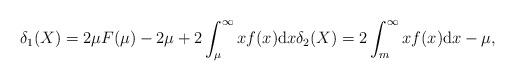
LaTeX: \begin{gather*}\delta_1(X)=2\mu F(\mu) - 2\mu + 2\int_{\mu}^{\infty}x f(x)\mathrm{d}x\delta_2(X)=2\int_{m}^{\infty}x f(x) \mathrm{d}x - \mu,\end{gather*}